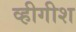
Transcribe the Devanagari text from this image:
व्हीगीश